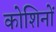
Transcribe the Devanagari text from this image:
कोशिनों